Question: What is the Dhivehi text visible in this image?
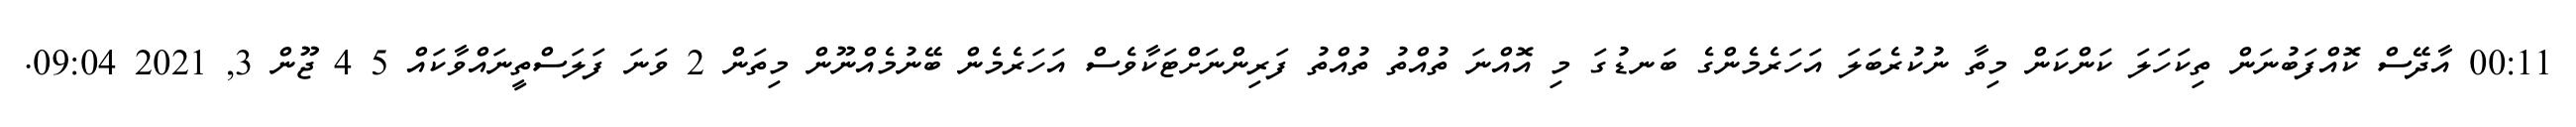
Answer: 00:11 އާދޭސް ކޮއްފަބުނަން ތިކަހަލަ ކަންކަން މިތާ ނުކުރެބަލަ އަހަރެމެންގެ ބަނޑުގަ މި އޮއްނަ ތުއްތު ތުއްތު ފަރިންނަށްޓަކާވެސް އަހަރެމެން ބޭނުމެއްނޫން މިތަން 2 ވަނަ ފަލަސްތީނައްވާކައް 5 4 ޖޫން 3, 2021 09:04.